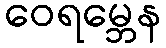
ဝေရမ္ဘေန